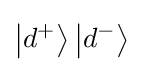
\left|d^{+}\right\rangle \left|d^{-}\right\rangle